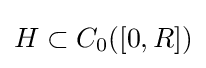
H\subset C_{0}([0,R])